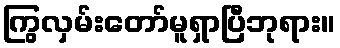
ကြွလှမ်းတော်မူရှာပြီဘုရား။